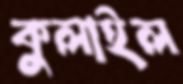
কুলাইল